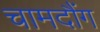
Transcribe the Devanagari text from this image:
चामदौंग